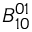
{ \cal B } _ { 1 0 } ^ { 0 1 }